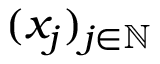
( x _ { j } ) _ { j \in \mathbb { N } }